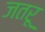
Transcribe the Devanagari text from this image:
जतरू